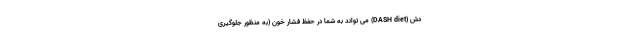
دَش (DASH diet) می تواند به شما در حفظ فشار خون (به منظور جلوگیری